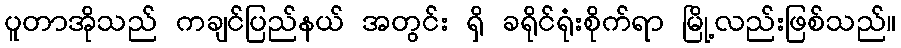
ပူတာအိုသည် ကချင်ပြည်နယ် အတွင်း ရှိ ခရိုင်ရုံးစိုက်ရာ မြို့လည်းဖြစ်သည်။